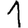
Digit: 1